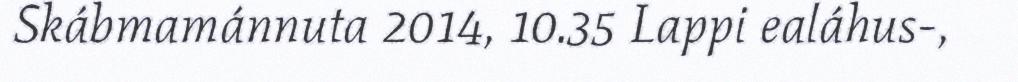
Skábmamánnuta 2014, 10.35 Lappi ealáhus-,